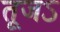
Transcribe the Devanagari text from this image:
तूजऽ